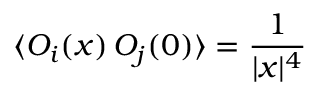
\langle { \cal O } _ { i } ( x ) \, { \cal O } _ { j } ( 0 ) \rangle = { \frac { 1 } { | x | ^ { 4 } } }